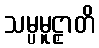
သမ္ပမူဠှာတိ